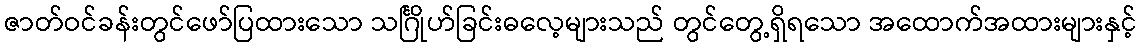
ဇာတ်ဝင်ခန်းတွင်ဖော်ပြထားသော သင်္ဂြိုဟ်ခြင်းဓလေ့များသည် တွင်တွေ့ရှိရသော အထောက်အထားများနှင့်